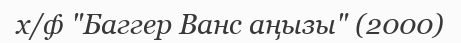
х/ф "Баггер Ванс аңызы" (2000)